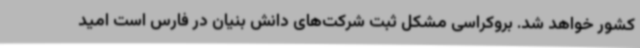
کشور خواهد شد. بروکراسی مشکل ثبت شرکت‌های دانش بنیان در فارس است امید